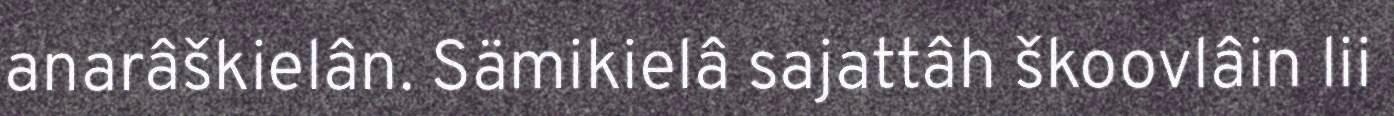
anarâškielân. Sämikielâ sajattâh škoovlâin lii